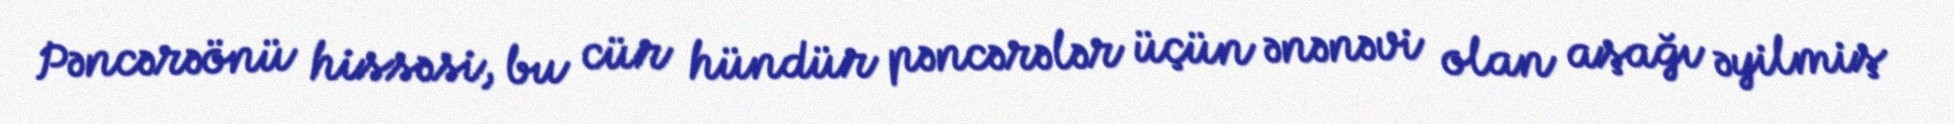
Pəncərəönü hissəsi, bu cür hündür pəncərələr üçün ənənəvi olan aşağı əyilmiş